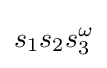
s_{1}s_{2}s_{3}^{\omega }